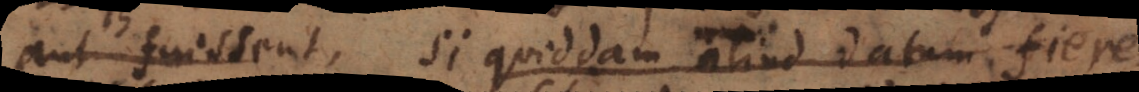
aut fuissent, si quiddam aliud datum fieret